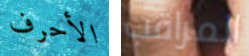
الأحرف المراقب